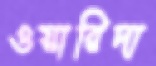
ওয়ারিদা